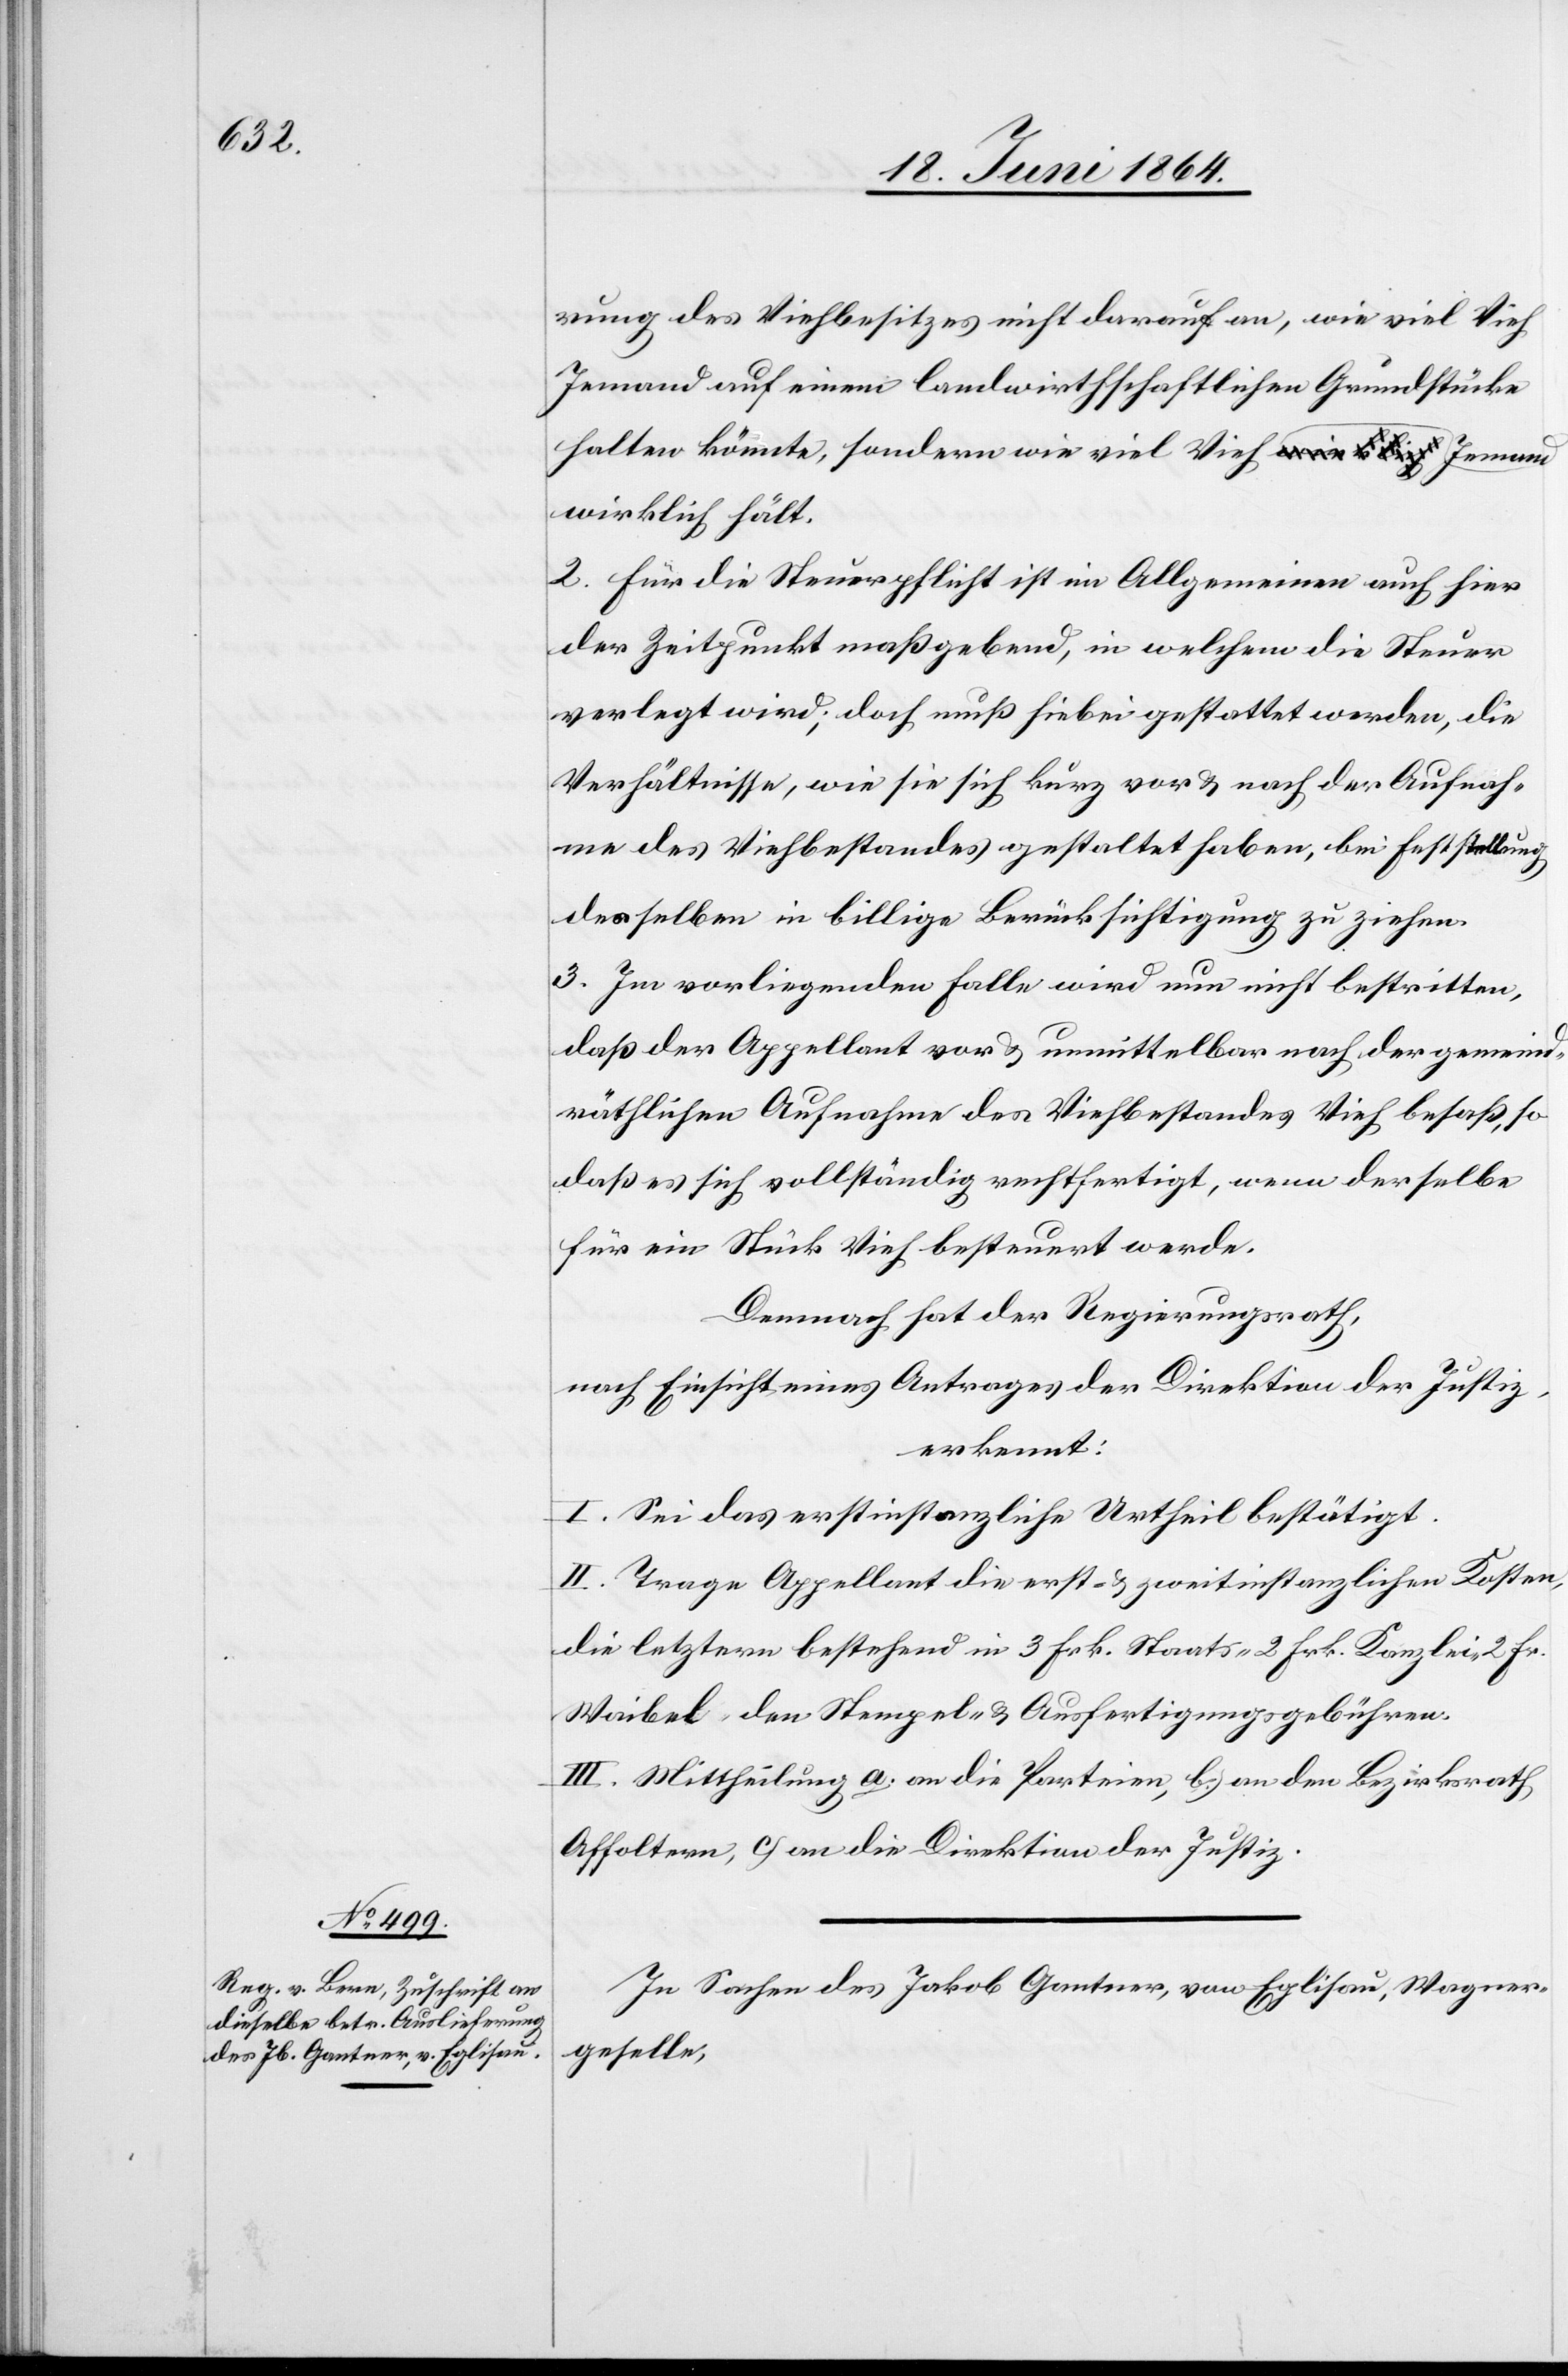
erung des Viehbesitzes nicht darauf an, wie viel Vieh
Jemand auf einem landwirthschaftlichen Grundstücke
halten könnte, sondern wie viel Jemand
wirklich hält.
2. Für die Steuerpflicht ist im Allgemeinen auch hier
der Zeitpunkt maßgebend, in welchem die Steuer
verlegt wird; doch muß hiebei gestattet werden, die
Verhältnisse, wie sie sich kurz vor u. nach der Aufnah¬
me des Viehbestandes gestaltet haben, bei Feststellung
desselben in billige Berücksichtigung zu ziehen.
3. Im vorliegenden Falle wird nun nicht bestritten,
daß der Appellant vor u. unmittelbar nach der gemeind¬
räthlichen Aufnahme des Viehbestandes Vieh besaß, so
daß es sich vollständig rechtfertigt, wenn derselbe
für ein Stück Vieh besteuert werde.
Demnach hat der Regierungsrath,
nach Einsicht eines Antrages der Direktion der Justiz,
erkennt
I. Sei das erstinstanzliche Urtheil bestätigt.
II. Trage Appellant die erst- u. zweitinstanzlichen Kosten,
die letztern bestehend in 3 Frk. Staats-[,] 2 Frk. Kanzlei-[,]
Waibel, den Stempel- u. Ausfertigungsgebühren.
III. Mittheilung a.) an die Parteien, b.) an den Bezirksrath,
In Sachen des Jakob Gantner, von Eglisau, Wagner¬
geselle,